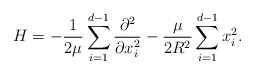
\begin{align*}H=-\frac{1}{2\mu}\sum_{i=1}^{d-1}\frac{\partial^{2}}{\partial x^{2}_{i}}-\frac{\mu}{2R^{2}}\sum_{i=1}^{d-1}x^{2}_{i}.\end{align*}